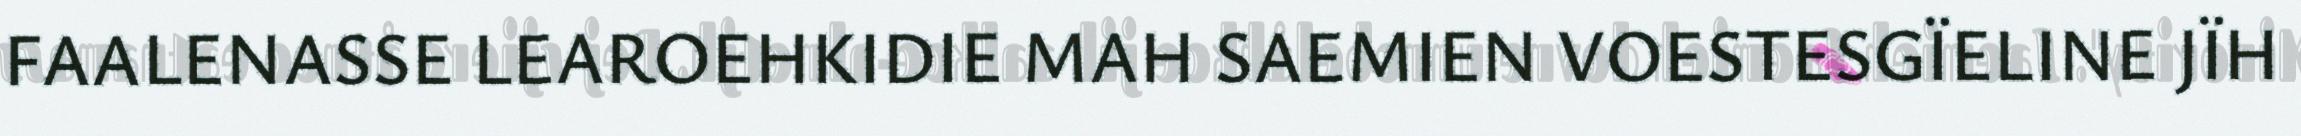
FAALENASSE LEAROEHKIDIE MAH SAEMIEN VOESTESGÏELINE JÏH